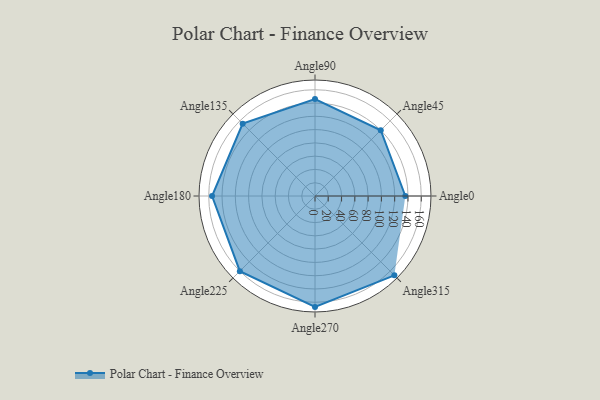
{"axis": {"x": "Angle", "y": "Radius"}, "legend": [""], "data": [{"x": "Angle0", "y": 136.0, "type": ""}, {"x": "Angle45", "y": 140.0, "type": ""}, {"x": "Angle90", "y": 146.0, "type": ""}, {"x": "Angle135", "y": 154.0, "type": ""}, {"x": "Angle180", "y": 155.0, "type": ""}, {"x": "Angle225", "y": 160.0, "type": ""}, {"x": "Angle270", "y": 167.0, "type": ""}, {"x": "Angle315", "y": 169.0, "type": ""}]}